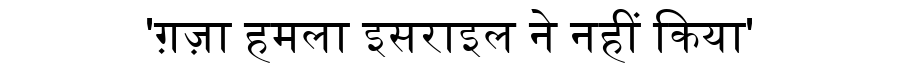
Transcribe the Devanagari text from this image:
'ग़ज़ा हमला इसराइल ने नहीं किया'